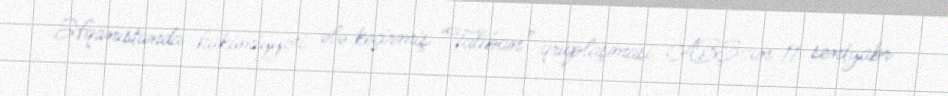
Əfqanıstanda hakimiyyəti ələ keçirmiş “Taliban” qruplaşması ABŞ-ın 11 sentyabr